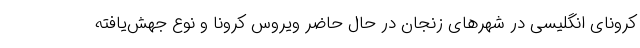
کرونای انگلیسی در شهرهای زنجان در حال حاضر ویروس کرونا و نوع جهش‌یافته